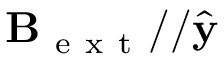
\mathbf { B } _ { \mathrm { ~ e ~ x ~ t ~ } } / / \hat { \mathbf { y } }